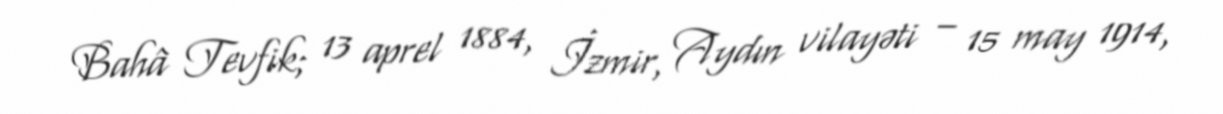
Bahâ Tevfik; 13 aprel 1884, İzmir, Aydın vilayəti – 15 may 1914,